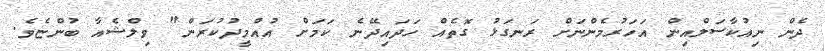
ދެން ނިއުކާސަލްއިން އަހަރުމެންނަށް ރަނގަޅު ގޮތެއް ހަދައިދޭނެ ކަމަށް އުއްމީދުކުރަން" ވިލްޝެއާ ބުންޏެވެ.